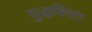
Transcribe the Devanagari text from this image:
युद्धविरत